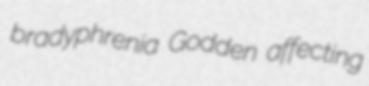
bradyphrenia Godden affecting